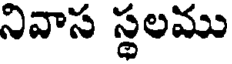
నివాస స్థలము